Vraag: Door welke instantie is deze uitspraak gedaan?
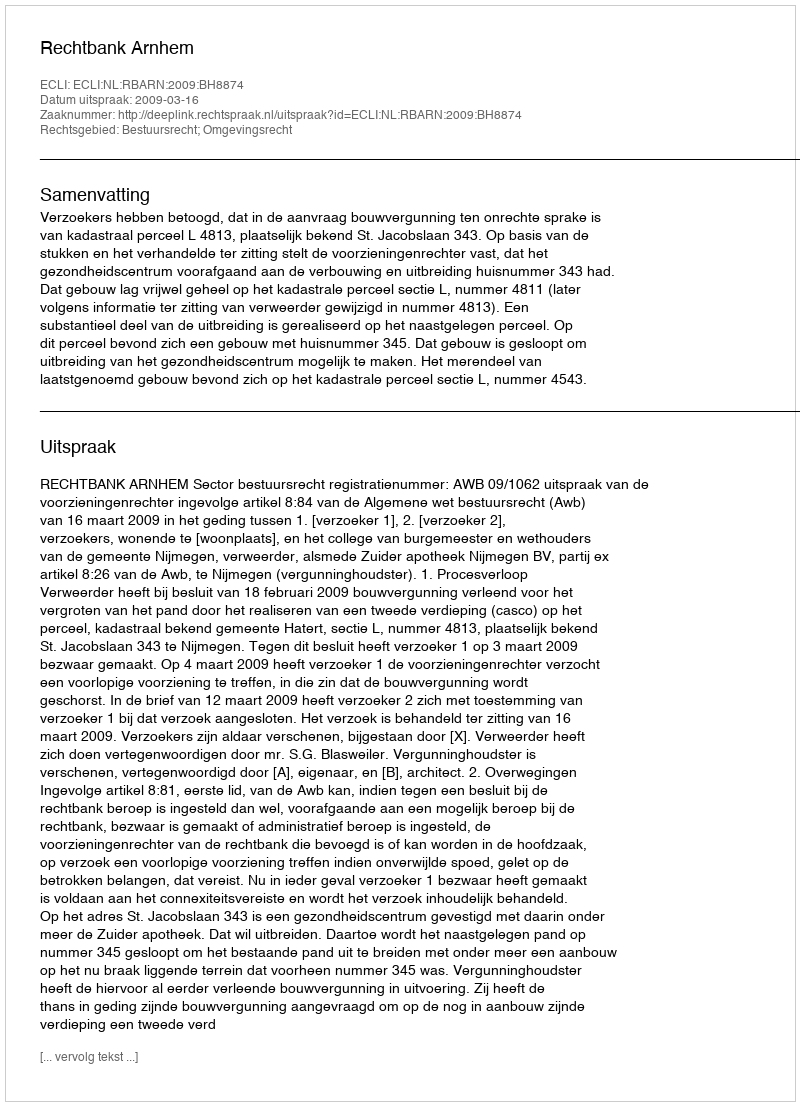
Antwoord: Rechtbank Arnhem